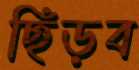
ছিঁড়ব